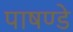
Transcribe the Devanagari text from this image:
पाषण्डे